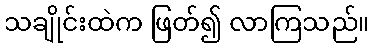
သချိုင်းထဲက ဖြတ်၍ လာကြသည်။